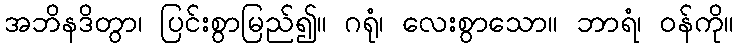
အဘိနဒိတွာ၊ ပြင်းစွာမြည်၍။ ဂရုံ၊ လေးစွာသော။ ဘာရံ၊ ဝန်ကို။